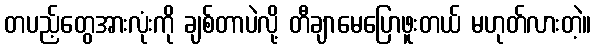
တပည့်တွေအားလုံးကို ချစ်တာပဲလို့ တီချာမေပြောဖူးတယ် မဟုတ်လားတဲ့။